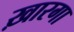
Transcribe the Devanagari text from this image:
ख़ारगा